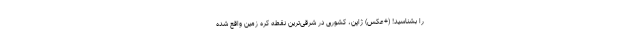
را بشناسید! (+عکس) ژاپن، کشوری در شرقی‌ترین نقطه کره زمین واقع شده